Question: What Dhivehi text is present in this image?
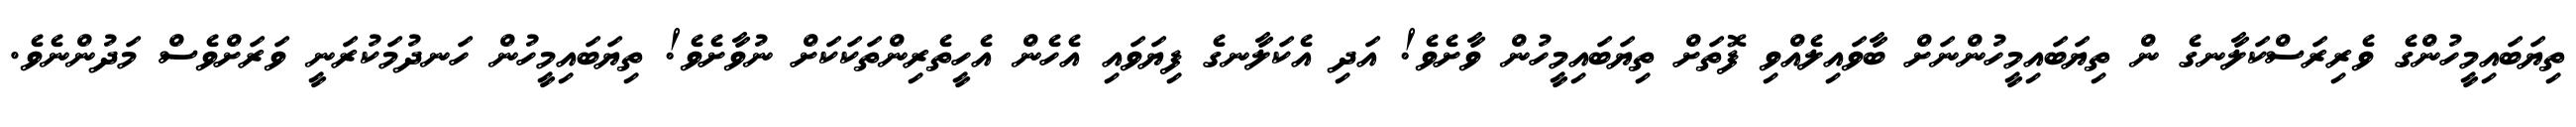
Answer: ތިޔަބައިމީހުންގެ ވެރިރަސްކަލާނގެ ން ތިޔަބައިމީހުންނަށް ބާވައިލެއްވި ފޮތަށް ތިޔަބައިމީހުން ވާށެވެ! އަދި އެކަލާނގެ ފިޔަވައި އެހެން އެހީތެރިންތަކަކަށް ނުވާށެވެ! ތިޔަބައިމީހުން ހަނދުމަކުރަނީ ވަރަށްވެސް މަދުންނެވެ.